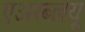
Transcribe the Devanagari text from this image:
एअरब्लयू